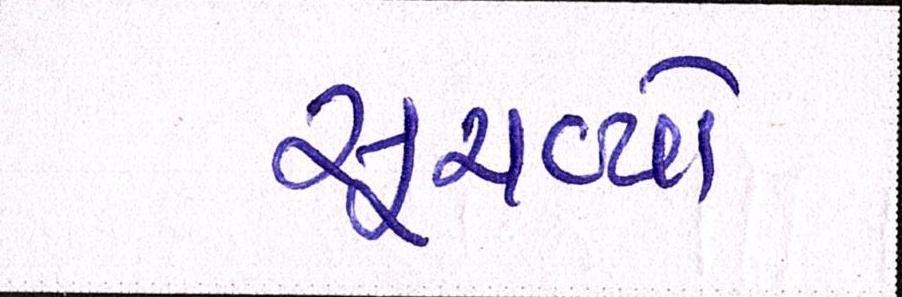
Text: સૂચવ્યો